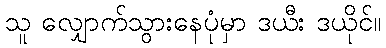
သူ လျှောက်သွားနေပုံမှာ ဒယီး ဒယိုင်။